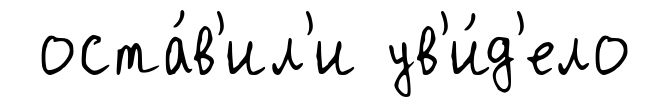
оста́в'ил'и ув'и́д'ело